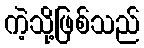
ကဲ့သို့ဖြစ်သည်